Annual report of the Punjab Veterinary College and of the Civil Veterinary Department, Punjab - 1894-1908
Year: 1894
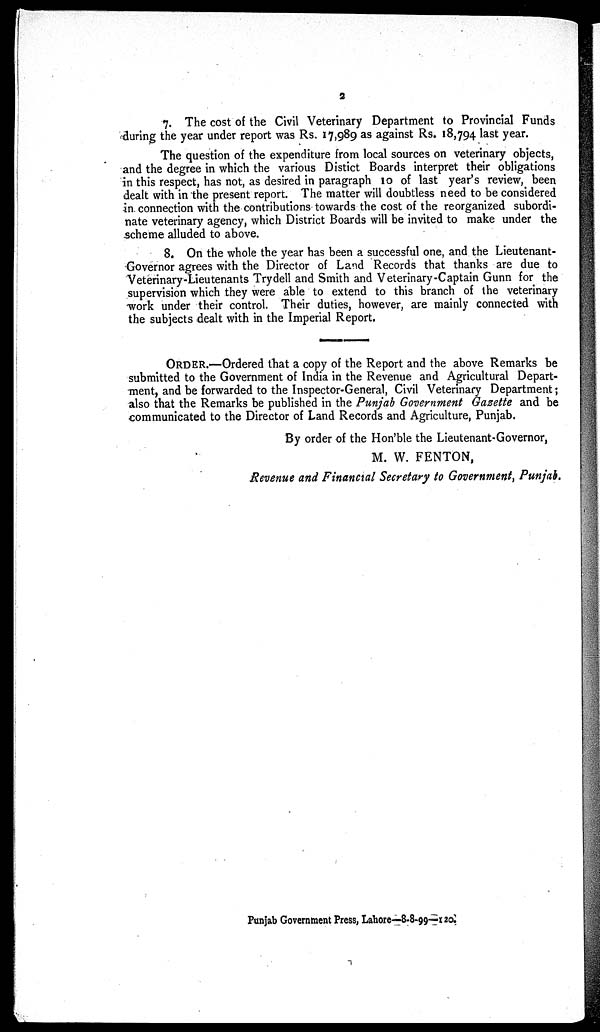
2
7. The cost of the Civil Veterinary Department to Provincial Funds
during the year under report was Rs. 17,989 as against Rs. 18,794 last year.
The question of the expenditure from local sources on veterinary objects,
and the degree in which the various Distict Boards interpret their obligations
in this respect, has not, as desired in paragraph 10 of last year's review, been
dealt with in the present report. The matter will doubtless need to be considered
in connection with the contributions towards the cost of the reorganized subordi-
nate veterinary agency, which District Boards will be invited to make under the
scheme alluded to above.
8. On the whole the year has been a successful one, and the Lieutenant-
Governor agrees with the Director of Land Records that thanks are due to
Veterinary-Lieutenants Trydell and Smith and Veterinary-Captain Gunn for the
supervision which they were able to extend to this branch of the veterinary
work under their control. Their duties, however, are mainly connected with
the subjects dealt with in the Imperial Report.
ORDER.—Ordered that a copy of the Report and the above Remarks be
submitted to the Government of India in the Revenue and Agricultural Depart-
ment, and be forwarded to the Inspector-General, Civil Veterinary Department;
also that the Remarks be published in the Punjab Government Gazette and be
communicated to the Director of Land Records and Agriculture, Punjab.
By order of the Hon'ble the Lieutenant-Governor,
M. W. FENTON,
Revenue and Financial Secretary to Government, Punjab.
Punjab Government Press, Lahore—8-8-99—120.